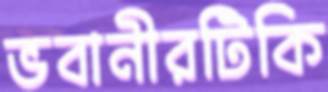
ভবানীরটিকি